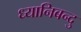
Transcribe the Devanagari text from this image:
ध्यानिबन्दु